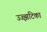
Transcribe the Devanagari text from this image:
उज्झटिका